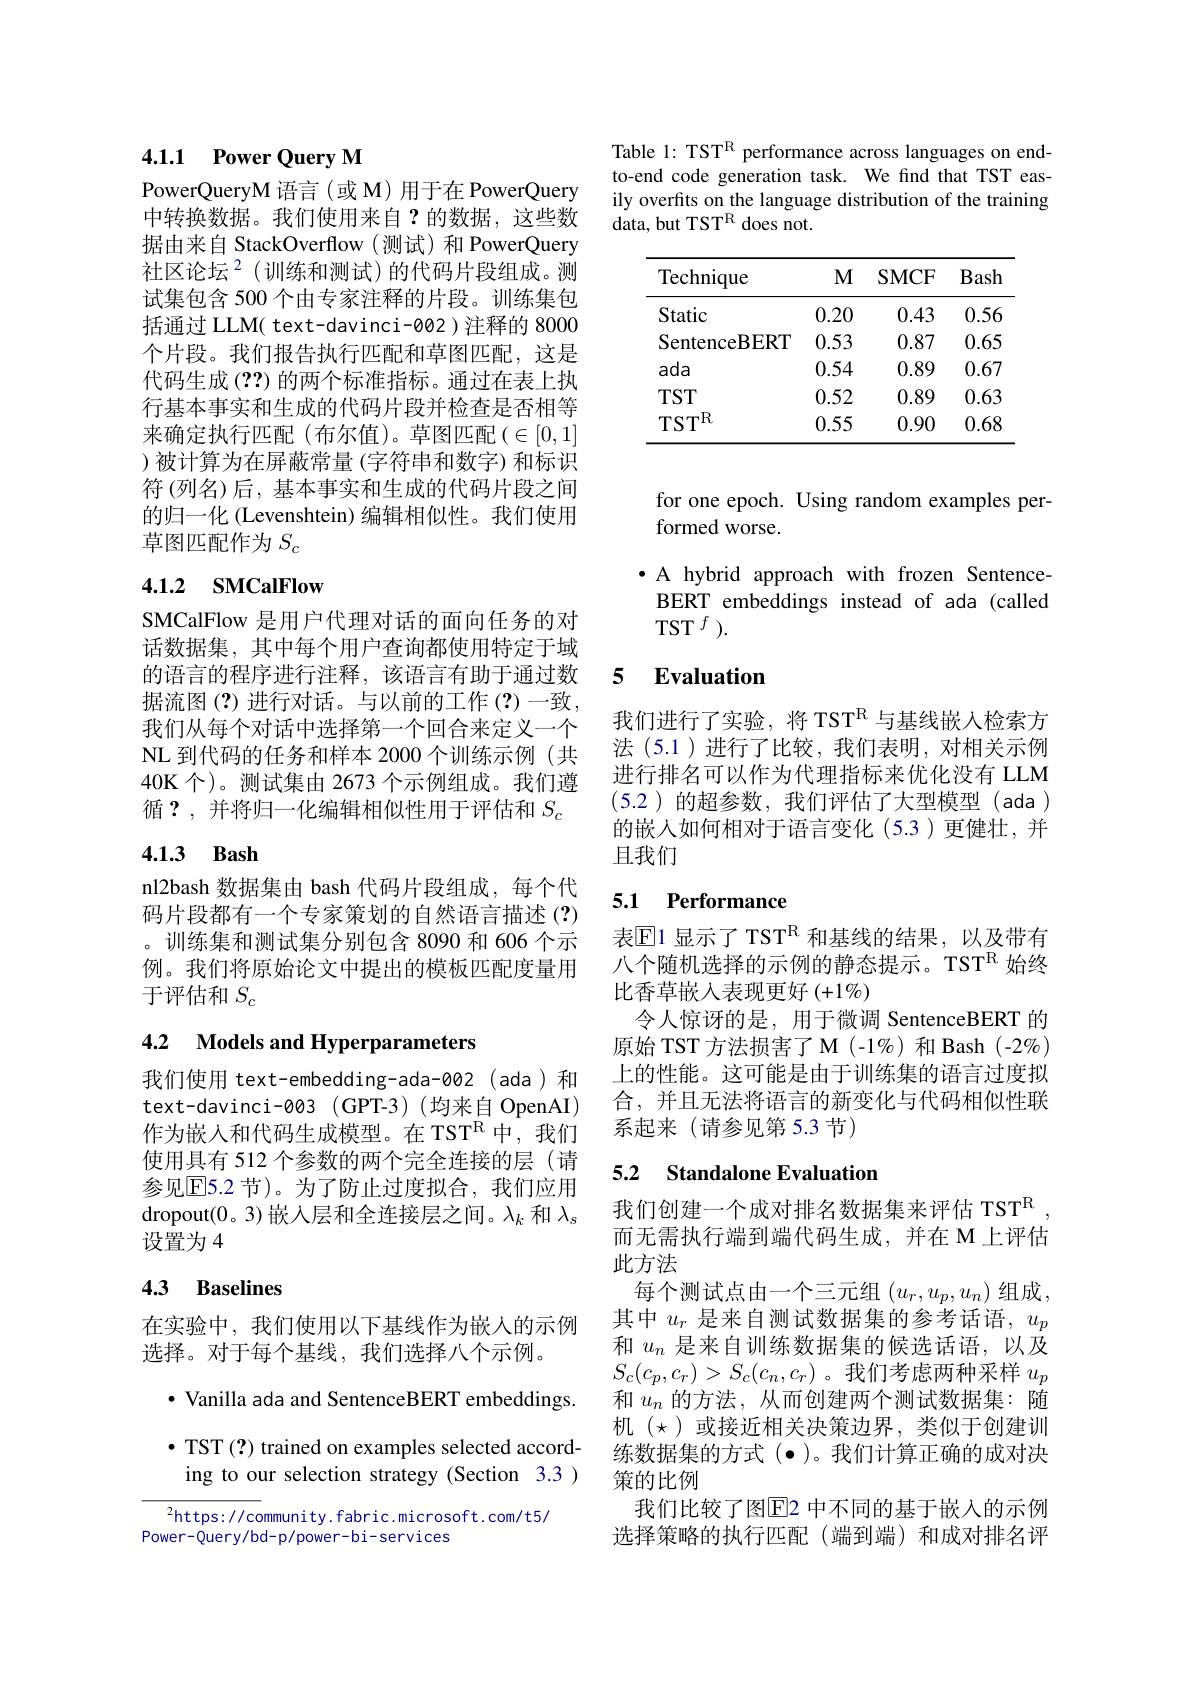
## 4.1.1 Power Query M

PowerQueryM 语言(或 M) 用于在 PowerQuery 中转换数据。我们使用来自？的数据，这些数据由来自 StackOverflow(测试)和 PowerQuery 社区论坛$^{2}$(训练和测试)的代码片段组成。测试集包含 500 个由专家注释的片段。训练集包括通过 LLM( text-davinci-002)注释的 8000个片段。我们报告执行匹配和草图匹配，这是代码生成 (??)的两个标准指标。通过在表上执行基本事实和生成的代码片段并检查是否相等来确定执行匹配(布尔值)。草图匹配($\in[0,1]$ )被计算为在屏蔽常量(字符串和数字)和标识符 (列名)后，基本事实和生成的代码片段之间的归一化 (Levenshtein) 编辑相似性。我们使用草图匹配作为$S_c$

# 4.1.2 SMCalFlow

SMCalFlow 是用户代理对话的面向任务的对话数据集，其中每个用户查询都使用特定于域的语言的程序进行注释，该语言有助于通过数据流图(?)进行对话。与以前的工作(?)一致， 我们从每个对话中选择第一个回合来定义一个NL 到代码的任务和样本 2000 个训练示例 (共40K 个)。测试集由 2673 个示例组成。我们遵循？,并将归一化编辑相似性用于评估和$S_c$

## 4.1.3 Bash

nl2bash 数据集由 bash 代码片段组成，每个代码片段都有一个专家策划的自然语言描述(?) 。训练集和测试集分别包含 8090 和 606 个示例。我们将原始论文中提出的模板匹配度量用于评估和$S_c$

## 4.2 Models and Hyperparameters

我们使用 text-embedding-ada-002(ada)和text-davinci-003(GPT-3)(均来自OpenAI) 作为嵌入和代码生成模型。在 TST$^{\mathbb{R}}$中，我们使用具有 512 个参数的两个完全连接的层 (请参见$\overline{\mathrm{E}}$5.2 节)。为了防止过度拟合，我们应用dropout(0。3)嵌入层和全连接层之间。$\lambda_k$和$\lambda_s$ 设置为 4

## 4.3 Baselines

在实验中，我们使用以下基线作为嵌入的示例
选择。对于每个基线，我们选择八个示例。

$\bullet$ Vanilla ada and SentenceBERT embeddings.

$\bullet$ TST (?) trained on examples selected according to our selection strategy (Section 3.3 )

$^{2}$https://community.fabric.microsoft.com/t5/
Power-Query/bd-p/power-bi-services

Table 1: TST$^\mathrm{R}$ performance across languages on endto-end code generation task. We find that TST easily overfits on the language distribution of the training $\dot{\text{data, but TST}^{\mathrm{R}}}$does not.

<table>
	<tbody>
		<tr>
			<th>Technique</th>
			<th>$M$</th>
			<th>SMCF</th>
			<th>Bash</th>
		</tr>
		<tr>
			<td>Static</td>
			<td>0.20</td>
			<td>0.43</td>
			<td>0.56</td>
		</tr>
		<tr>
			<td>SentenceBERT</td>
			<td>0.53</td>
			<td>0.87</td>
			<td>0.65</td>
		</tr>
		<tr>
			<td>ada</td>
			<td>0.54</td>
			<td>0.89</td>
			<td>0.67</td>
		</tr>
		<tr>
			<td>$TST$</td>
			<td>0.52</td>
			<td>0.89</td>
			<td>0.63</td>
		</tr>
		<tr>
			<td>TS$T^{R}$</td>
			<td>0.55</td>
			<td>0.90</td>
			<td>0.68</td>
		</tr>
	</tbody>
</table>

for one epoch. Using random examples per-
formed worse.

·A hybrid approach with frozen SentenceBERT embeddings instead of ada (called $TST^f).$

### 5 $\textbf{Evaluation}$

我们进行了实验，将 TST$^{\mathbb{R}}$与基线嵌入检索方法 (5.1)进行了比较，我们表明，对相关示例进行排名可以作为代理指标来优化没有 LLM (5.2)的超参数，我们评估了大型模型(ada) 的嵌入如何相对于语言变化(5.3)更健壮，并且我们

# 5.1 Performance

表$\mathbb{E}$1 显示了 TST$^{\mathbb{R}}$ 和基线的结果，以及带有八个随机选择的示例的静态提示。TST$^{\mathrm{R}}$始终比香草嵌入表现更好$(+1\%)$
令人惊讶的是，用于微调 SentenceBERT 的原始 TST 方法损害了M (-1%) 和 Bash (-2%) 上的性能。这可能是由于训练集的语言过度拟合，并且无法将语言的新变化与代码相似性联系起来(请参见第5.3节)

## 5.2 Standalone Evaluation

我们创建一个成对排名数据集来评估 TST$^{\mathrm{R}}$ 而无需执行端到端代码生成，并在 M 上评估此方法
每个测试点由一个三元组$(u_r,u_p,u_n)$组成， 其中$u_r$是来自测试数据集的参考话语，$u_p$ 和$u_n$是来自训练数据集的候选话语，以及$S_c(c_p,c_r)>S_c(c_n,c_r)$。我们考虑两种采样$u_p$ 和$u_n$的方法，从而创建两个测试数据集：随机$(\star)$或接近相关决策边界，类似于创建训练数据集的方式($\bullet)。我们计算正确的成对决$ 策的比例
我们比较了图$\overline{\mathrm{E}}$2 中不同的基于嵌入的示例选择策略的执行匹配(端到端)和成对排名评